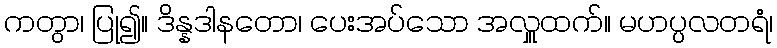
ကတွာ၊ ပြု၍။ ဒိန္နဒါနတော၊ ပေးအပ်သော အလှူထက်။ မဟပ္ပလတရံ၊